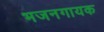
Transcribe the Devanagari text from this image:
भजनगायक